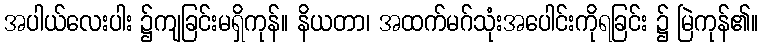
အပါယ်လေးပါး ၌ကျခြင်းမရှိကုန်။ နိယတာ၊ အထက်မဂ်သုံးအပေါင်းကိုရခြင်း ၌ မြဲကုန်၏။